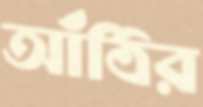
আঁঠির